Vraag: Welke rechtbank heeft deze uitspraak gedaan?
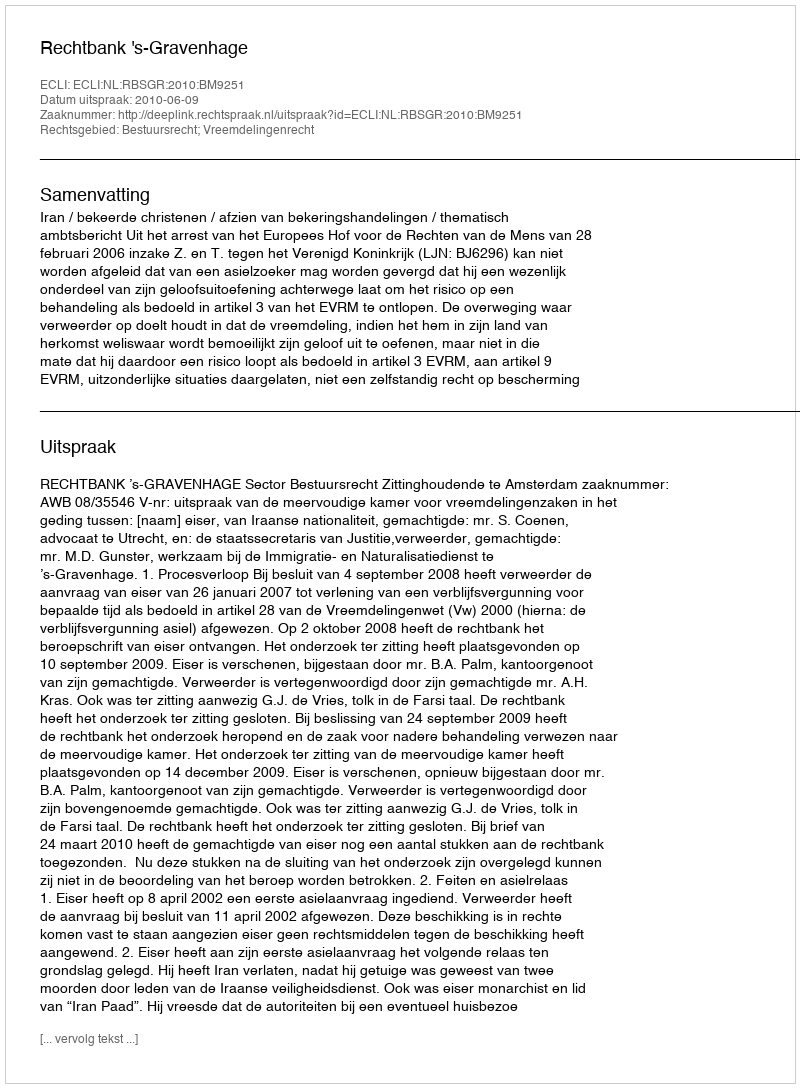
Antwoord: Rechtbank 's-Gravenhage